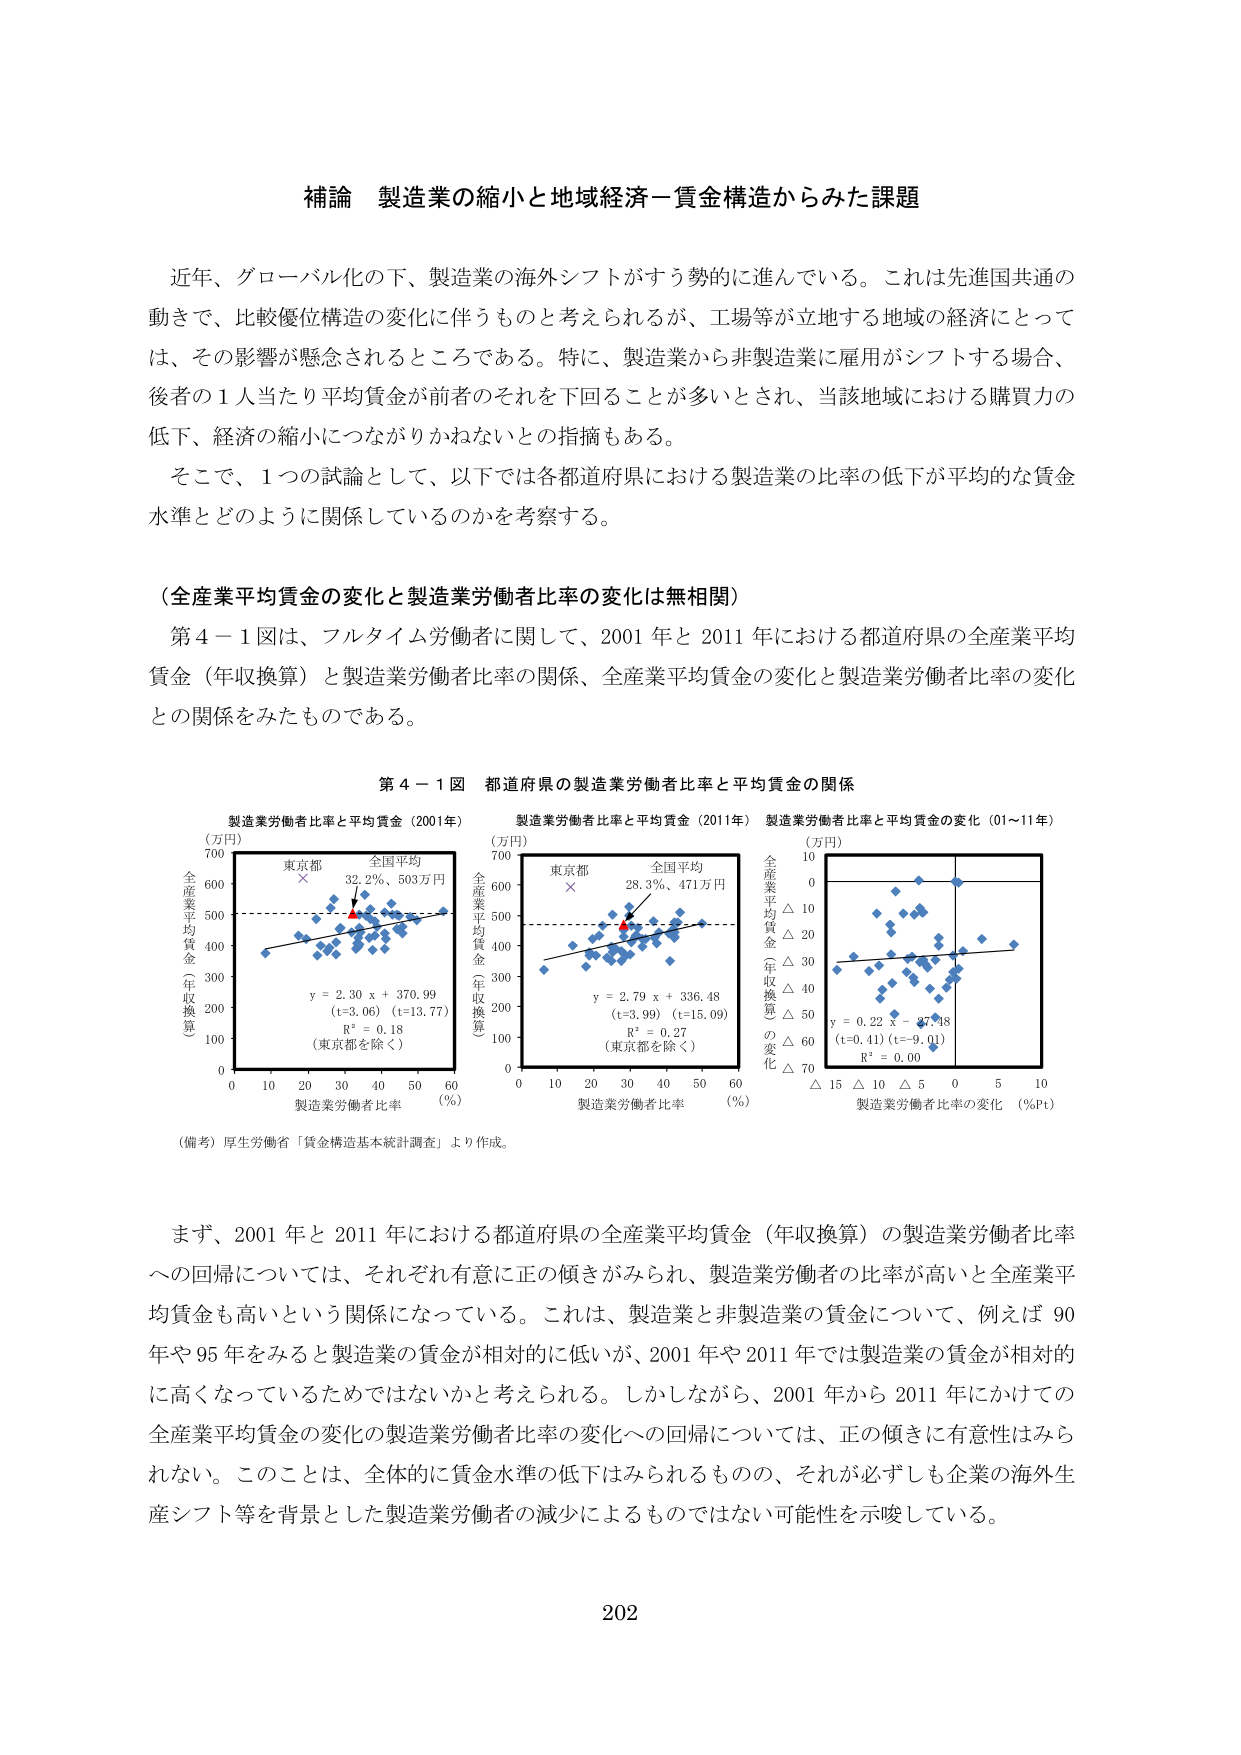
補論 製造業の縮小と地域経済ー賃金構造からみた課題

近年、グローバル化の下、製造業の海外シフトがすす勢的に進んでいる。これは先進国共通の動きで、比較優位構造の変化に伴うものと考えられるが、工場等が立地する地域の経済にとっては、その影響が懸念されるところである。特に、製造業から非製造業に雇用がシフトする場合、後者の1人当たり平均賃金が前者のそれを下回ることが多いとされ、当該地域における購買力の低下、経済の縮小につながりかねないとの指摘もある。

そこで、1つの試論として、以下では各都道府県における製造業の比率の低下が平均的な賃金水準とどのように関係しているのかを考察する。

（全産業平均賃金の変化と製造業労働者比率の変化は無相関）

第4－1図は、フルタイム労働者に関して、2001年と2011年における都道府県の全産業平均賃金（年収換算）と製造業労働者比率の関係、全産業平均賃金の変化と製造業労働者比率の変化との関係をみたものである。

第4－1図 都道府県の製造業労働者比率と平均賃金の関係

製造業労働者比率と平均賃金（2001年）
（万円）
700
600
500
400
300
200
100
0
東京都 ×
全国平均
32.2％、503万円
y = 2.30 x + 370.99
(t=3.06) (t=13.77)
R² = 0.18
（東京都を除く）
製造業労働者比率（％）
0 10 20 30 40 50 60
全産業平均賃金（年収換算）

製造業労働者比率と平均賃金（2011年）
（万円）
700
600
500
400
300
200
100
0
東京都 ×
全国平均
28.3％、471万円
y = 2.79 x + 336.48
(t=3.99) (t=15.09)
R² = 0.27
（東京都を除く）
製造業労働者比率（％）
0 10 20 30 40 50 60
全産業平均賃金（年収換算）

製造業労働者比率と平均賃金の変化（01～11年）
（万円）
10
0
△10
△20
△30
△40
△50
△60
△70
y = 0.22 x - 37.48
(t=0.41) (t=-9.01)
R² = 0.00
製造業労働者比率の変化（％pt）
△15 △10 △5 0 5 10
全産業平均賃金（年収換算）の変化

（備考）厚生労働省「賃金構造基本統計調査」より作成。

まず、2001年と2011年における都道府県の全産業平均賃金（年収換算）の製造業労働者比率への回帰については、それぞれ有意に正の傾きがみられ、製造業労働者の比率が高いと全産業平均賃金も高いという関係になっている。これは、製造業と非製造業の賃金について、例えば90年や95年をみると製造業の賃金が相対的に低いが、2001年や2011年では製造業の賃金が相対的に高くなっているためではないかと考えられる。しかしながら、2001年から2011年にかけての全産業平均賃金の変化の製造業労働者比率の変化への回帰については、正の傾きに有意性はみられない。このことは、全体的に賃金水準の低下はみられるものの、それが必ずしも企業の海外生産シフト等を背景とした製造業労働者の減少によるものではない可能性を示唆している。

202